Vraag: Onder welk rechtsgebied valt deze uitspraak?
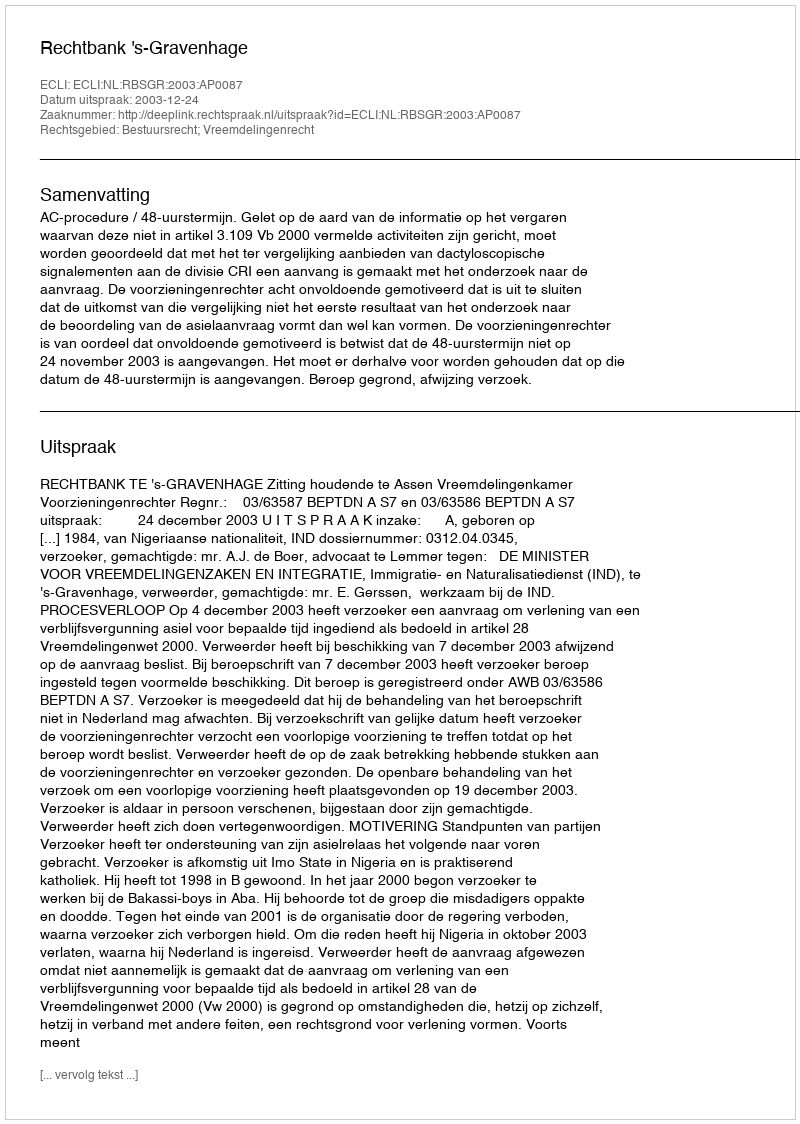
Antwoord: Bestuursrecht; Vreemdelingenrecht